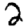
Digit: 2